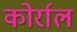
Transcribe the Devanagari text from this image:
कोर्राल